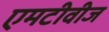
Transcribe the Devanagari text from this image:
एमटीवीज